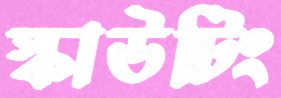
স্কাউটিং